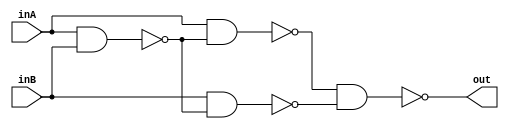
`ifndef _XOR
`define _XOR

module Xor(out, inA, inB);
    output wire out;
    input  wire inA;
    input  wire inB;

    wire nandOut1;
    wire nandOut2;
    wire nandOut3;

    nand gate1(nandOut1, inA, inB);
    nand gate2(nandOut2, inA, nandOut1);
    nand gate3(nandOut3, inB, nandOut1);
    nand gate4(out, nandOut2, nandOut3);
endmodule
`endif